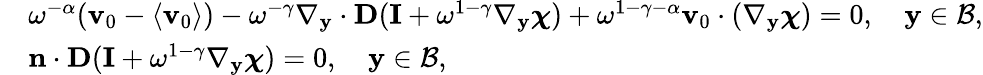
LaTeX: \begin{array}{rl}&{\omega^{-\alpha}(\mathbf v_{0}-\langle\mathbf v_{0}\rangle)-\omega^{-\gamma}\nabla_{\mathbf y}\cdot\textbf{D}(\mathbf I+\omega^{1-\gamma}\nabla_{\mathbf y}\boldsymbol{\chi})+\omega^{1-\gamma-\alpha}\mathbf v_{0}\cdot(\nabla_{\mathbf y}\boldsymbol{\chi})=0,\quad\mathbf y\in\mathcal B,}\\ &{\mathbf n\cdot\textbf{D}(\mathbf I+\omega^{1-\gamma}\nabla_{\mathbf y}\boldsymbol{\chi})=0,\quad\mathbf y\in\mathcal B,}\end{array}